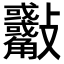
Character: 𣀾